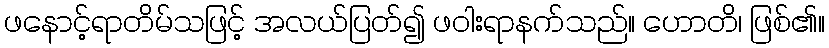
ဖနောင့်ရာတိမ်သဖြင့် အလယ်ပြတ်၍ ဖဝါးရာနက်သည်။ ဟောတိ၊ ဖြစ်၏။